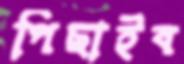
পিছাইব